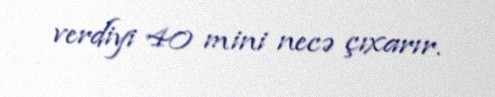
verdiyi 40 mini necə çıxarır.